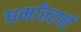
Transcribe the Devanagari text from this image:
धर्मांतरणों